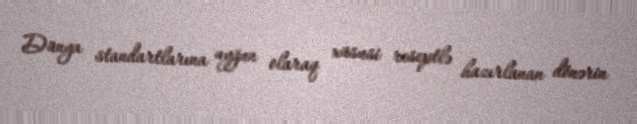
Dünya standartlarına uyğun olaraq xüsusi reseptlə hazırlanan dönərin